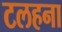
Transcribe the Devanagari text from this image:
टलहना